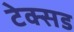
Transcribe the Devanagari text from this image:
टेक्सड